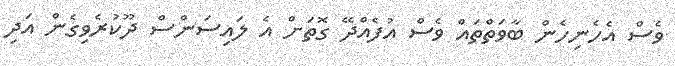
ވެސް އެހެނިހެން ބާވަތްތައް ވެސް އުފެއްދޭ ގޮތަށް އެ ލައިސަންސް ދޫކުރެވިގެން އަދި